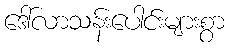
ဒေါ်လာသန်းပေါင်းများစွာ